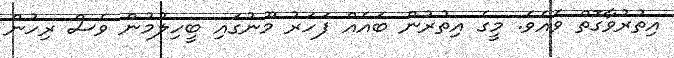
އިތުރުވާގޮތް ވެއެވެ. މީގެ އިތުރުން ބައެއް ފަހަރު މޫނުގައި ބީހިލުމުން ވެސް ރިހުން